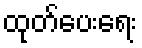
ထုတ်ပေးရေး